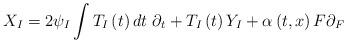
LaTeX: \begin{align*}X_{I}=2\psi _{I}\int T_{I}\left( t\right) dt~\partial _{t}+T_{I}\left(t\right) Y_{I}+\alpha \left( t,x\right) F\partial _{F} \end{align*}